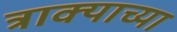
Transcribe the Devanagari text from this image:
त्राक्याच्या